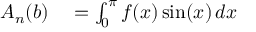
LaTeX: \begin{array} { r l } { A _ { n } ( b ) } & { { } = \int _ { 0 } ^ { \pi } f ( x ) \sin ( x ) \, d x } \end{array}